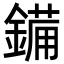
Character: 𮢫